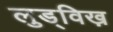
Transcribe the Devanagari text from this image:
लुड्विख़